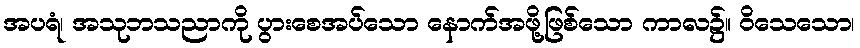
အပရံ၊ အသုဘသညာကို ပွားစေအပ်သော နောက်အဖို့ဖြစ်သော ကာလ၌။ ဝိသေသော၊